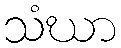
သံဃာ